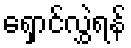
ရှောင်လွှဲရန်